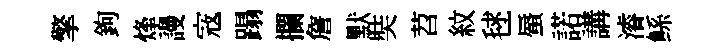
擎鉤烽謾𡨥蹋攔詹默奘苕紋毬蜃諾講濬鲧